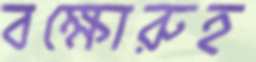
বক্ষোরুহ